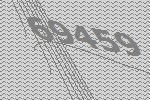
69459